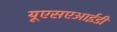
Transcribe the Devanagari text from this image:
यूएसएआईडी